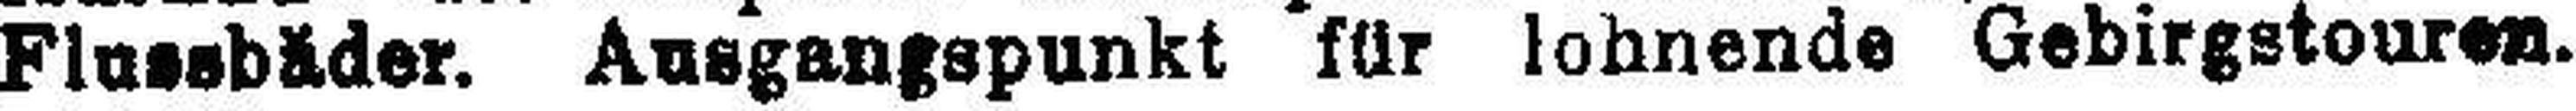
Flussbäder. Ausgangspunkt kür lohnende Gebirgstouren.